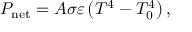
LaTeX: P _ { \mathrm { n e t } } = A \sigma \varepsilon \left( T ^ { 4 } - T _ { 0 } ^ { 4 } \right) ,